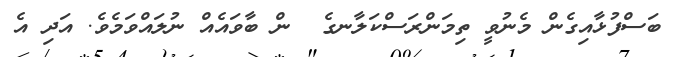
ބަސްފުޅާއިގެން މެނުވީ ތިމަންރަސްކަލާނގެ  ން ބާވައެއް ނުލައްވަމެވެ. އަދި އެ